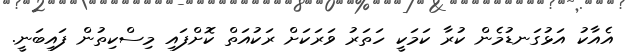
އެއާކު އަޅުގަނޑުމެން ކުރާ ކަމަކީ ހަތަރު ވަރަކަށް ރަކުއަތް ކޮށްފައި މިސްކިތުން ފައިބަނީ.